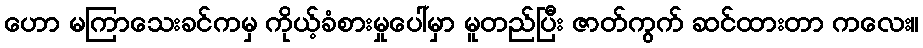
ဟော မကြာသေးခင်ကမှ ကိုယ့်ခံစားမှုပေါ်မှာ မူတည်ပြီး ဇာတ်ကွက် ဆင်ထားတာ ကလေး။